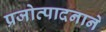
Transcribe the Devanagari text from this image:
प्रजोत्पादनाने